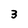
Character: 3